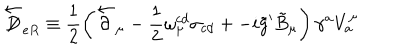
LaTeX: \overleftarrow { \not \! \! D } _ { e R } \equiv \frac { 1 } { 2 } \left( \overleftarrow { \partial } _ { \mu } - \frac { 1 } { 2 } \omega _ { \mu } ^ { c d } \sigma _ { c d } + - i \tilde { g } ^ { \prime } \tilde { B } _ { \mu } \right) \gamma ^ { a } V _ { a } ^ { \mu }